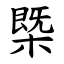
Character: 㮣